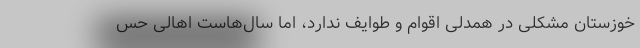
خوزستان مشکلی در همدلی اقوام و طوایف ندارد، اما سال‌هاست اهالی حس